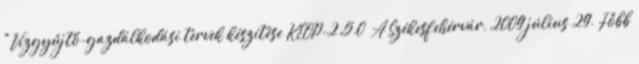
"Vízgyűjtő-gazdálkodási tervek készítése KEOP-2.5.0 A Székesfehérvár, 2009 július 29. Főbb